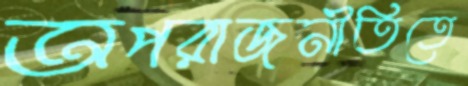
অপরাজনীতিতে